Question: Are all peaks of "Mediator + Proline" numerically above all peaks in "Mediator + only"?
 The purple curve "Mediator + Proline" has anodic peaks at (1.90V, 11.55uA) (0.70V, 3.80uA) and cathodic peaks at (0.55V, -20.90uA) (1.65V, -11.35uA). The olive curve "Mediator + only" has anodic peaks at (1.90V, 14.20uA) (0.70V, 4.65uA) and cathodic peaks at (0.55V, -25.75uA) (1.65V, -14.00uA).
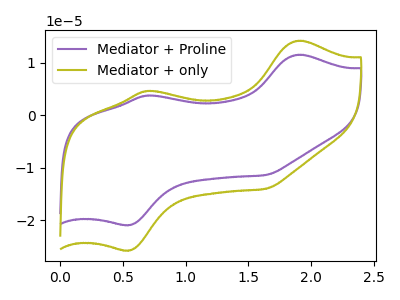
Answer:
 <answer>Every peak in "Mediator + Proline" is lower than every peak in "Mediator + only".</answer>
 <eval>lower</eval>